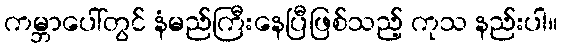
ကမ္ဘာပေါ်တွင် နံမည်ကြီးနေပြီဖြစ်သည့် ကုသ နည်းပါ။